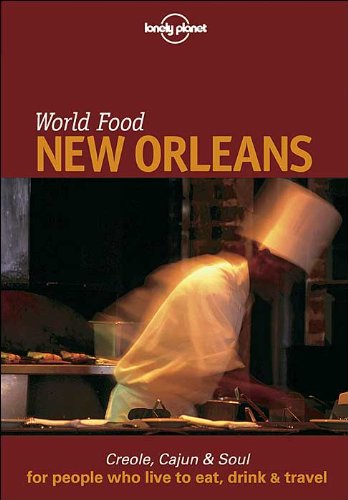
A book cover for Lonely Planet World Food New Orleans; Pableaux Johnson; Travel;